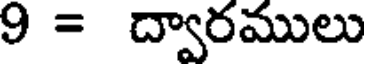
9 = ద్వారములు